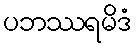
ပဘဿရမိဒံ